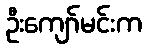
ဦးကျော်မင်းက